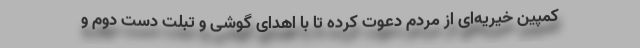
کمپین خیریه‌ای از مردم دعوت کرده تا با اهدای گوشی و تبلت دست دوم و